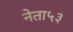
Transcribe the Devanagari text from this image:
नेता५३